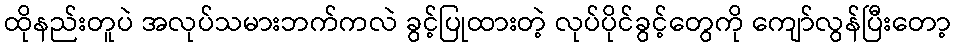
ထိုနည်းတူပဲ အလုပ်သမားဘက်ကလဲ ခွင့်ပြုထားတဲ့ လုပ်ပိုင်ခွင့်တွေကို ကျော်လွန်ပြီးတော့